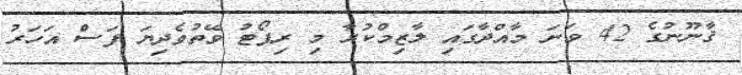
ޤާނޫނުގެ 42 ވަނަ މާއްދާގައި ލާޒިމްކުރާ މި ރިޕޯޓު ވޭތުވެދިޔަ ފަސް އަހަރު